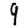
Digit: 9